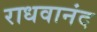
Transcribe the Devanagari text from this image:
राधवानंद